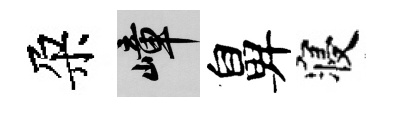
朶嶂鼻寝